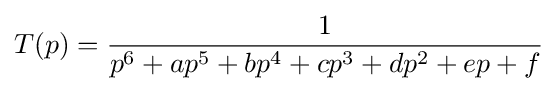
T(p)={\frac {1}{p^{6}+ap^{5}+bp^{4}+cp^{3}+dp^{2}+ep+f}}